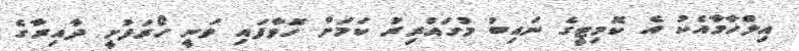
އިލްހާމާއެކު އެ ކޮމިޓީގެ ނައިބު މުގައްރިރު ކަމަށް ހޮވާފައި ވަނީ ހޯރަފުށީ ދާއިރާގެ